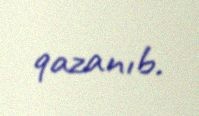
qazanıb.